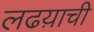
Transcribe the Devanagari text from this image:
लढय़ाची